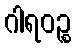
ဂါရဝဉ္စ